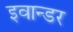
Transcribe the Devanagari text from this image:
इवान्डर